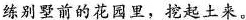
练别墅前的花园里，挖起土来。